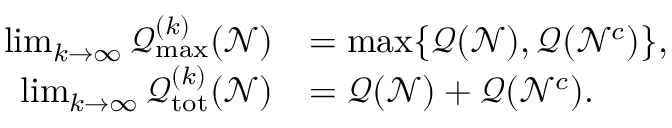
\begin{array} { r l } { \operatorname* { l i m } _ { k \to \infty } \mathcal { Q } _ { \operatorname* { m a x } } ^ { ( k ) } ( \mathcal { N } ) } & { = \operatorname* { m a x } \{ \mathcal { Q } ( \mathcal { N } ) , \mathcal { Q } ( \mathcal { N } ^ { c } ) \} , } \\ { \operatorname* { l i m } _ { k \to \infty } \mathcal { Q } _ { \mathrm { t o t } } ^ { ( k ) } ( \mathcal { N } ) } & { = \mathcal { Q } ( \mathcal { N } ) + \mathcal { Q } ( \mathcal { N } ^ { c } ) . } \end{array}